Report on the working of the Ranchi Indian Mental Hospital, Kanke, in Bihar and Orissa - 1930-1940
Year: 1930
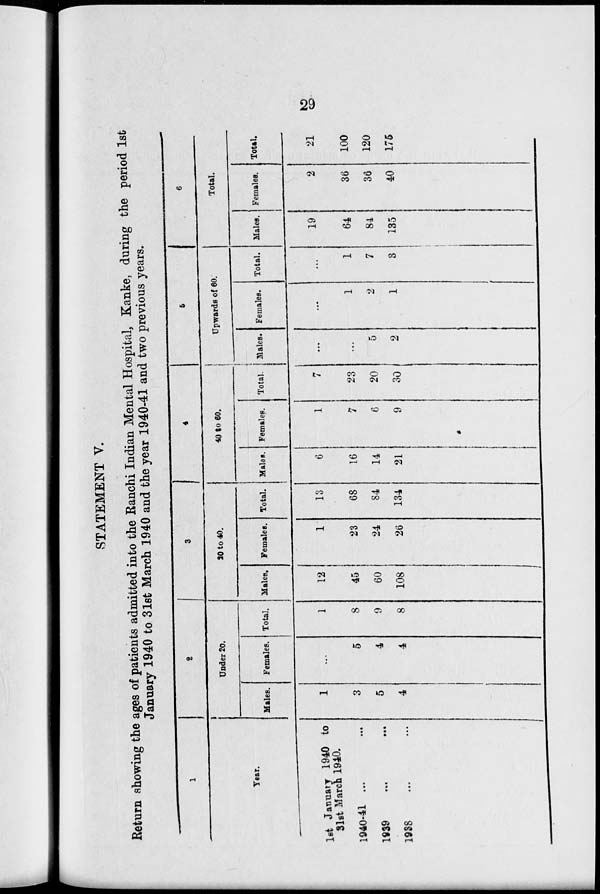
29
STATEMENT V.
Return showing the ages of patients admitted into the Ranchi Indian Mental Hospital, Kanke, during the period 1st
January 1940 to 31st March 1940 and the year 1940-41 and two previous years.
1
Year.
1st January 1940 to
31st March 1940.
1940-41 ...
1939 ...
1938 ...
2
Under 20.
Males.
1
3
5
4
Females.
...
5
4
4
Total.
1
8
9
8
3
20 to 40.
Males.
12
45
60
108
Females.
1
23
24
26
Total.
13
68
84
134
4
40 to 60.
Males.
6
16
14
21
Females.
1
7
6
9
Total.
7
23
20
30
5
Upwards of 60.
Males.
...
...
5
2
Females.
...
1
2
1
Total.
...
1
7
3
6
Total.
Males.
19
64
84
135
Females.
2
36
36
40
Total.
21
100
120
175